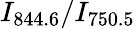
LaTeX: I_{844.6}/I_{750.5}